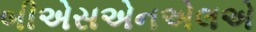
બીએસએનએલએ